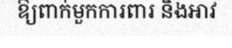
ឱ្យពាក់មួកការពារ និងអាវ